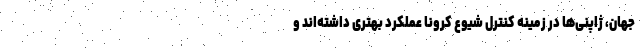
جهان، ژاپنی‌‌ها در زمینه کنترل شیوع کرونا عملکرد بهتری داشته‌اند و